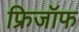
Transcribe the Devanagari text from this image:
फ्रिजॉफ